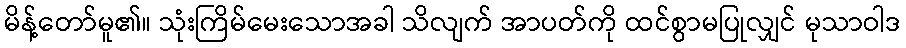
မိန့်တော်မူ၏။ သုံးကြိမ်မေးသောအခါ သိလျက် အာပတ်ကို ထင်စွာမပြုလျှင် မုသာဝါဒ